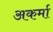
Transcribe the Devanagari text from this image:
अकर्मा